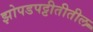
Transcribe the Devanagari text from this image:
झोपडपट्टीतीतील